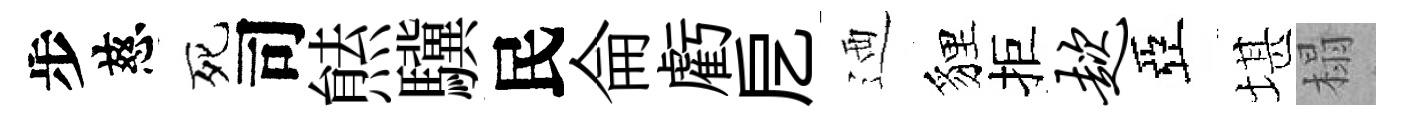
步慈死司㷱驥民侖虧戹迺貍拒趑亞堪榻